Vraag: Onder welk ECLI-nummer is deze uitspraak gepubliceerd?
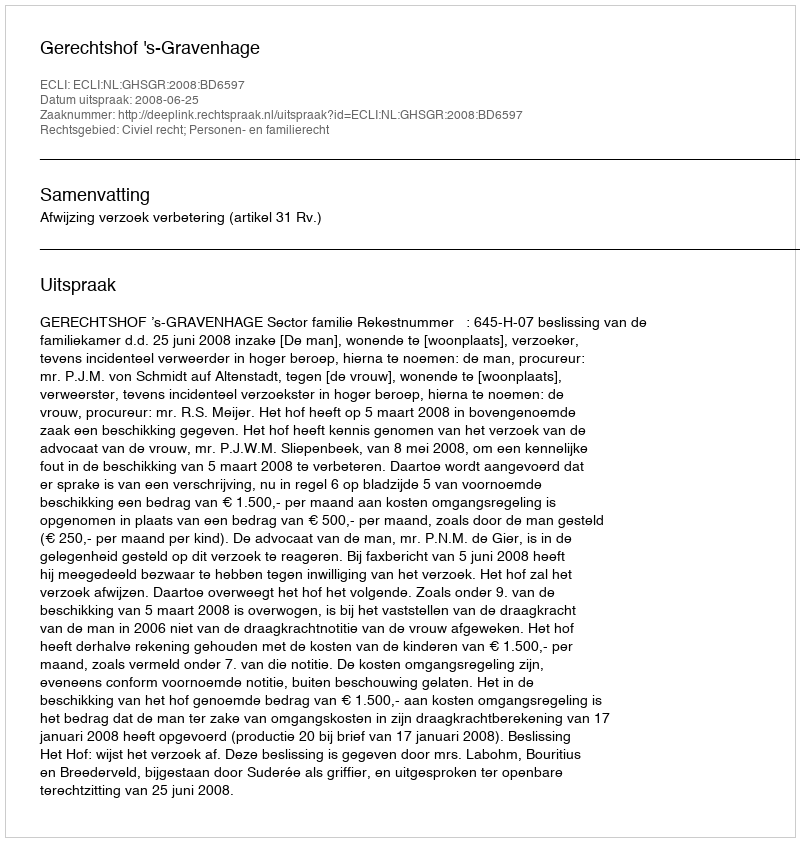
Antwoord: ECLI:NL:GHSGR:2008:BD6597